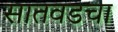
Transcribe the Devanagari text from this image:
सातवडचा